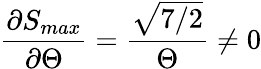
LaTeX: \frac{\partial S_{max}}{\partial\Theta}=\frac{\sqrt{7/2}}{\Theta}\neq 0